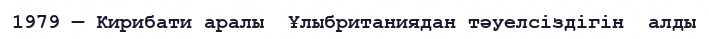
1979 — Кирибати аралы  Ұлыбританиядан тәуелсіздігін  алды